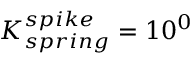
K _ { s p r i n g } ^ { s p i k e } = 1 0 ^ { 0 }